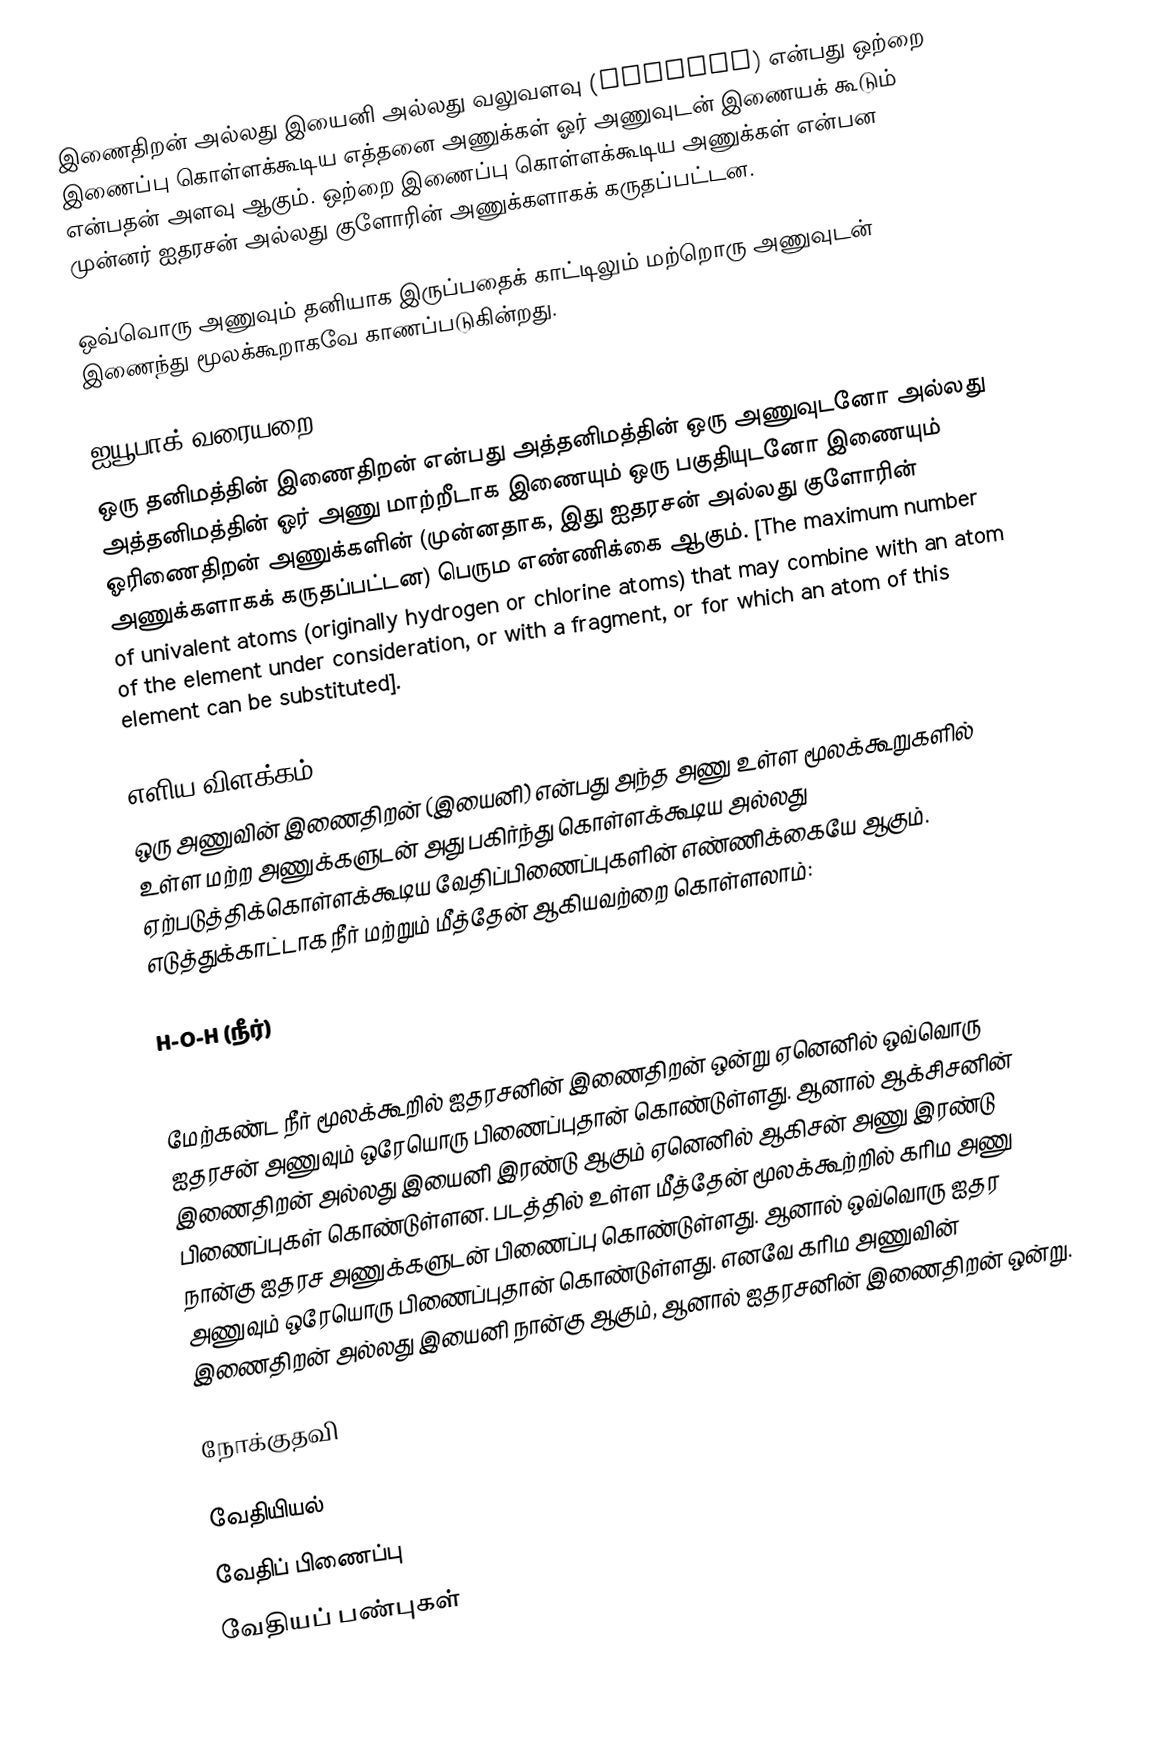
இணைதிறன் அல்லது இயைனி அல்லது வலுவளவு (Valence) என்பது ஒற்றை இணைப்பு கொள்ளக்கூடிய எத்தனை அணுக்கள் ஓர் அணுவுடன் இணையக் கூடும் என்பதன் அளவு ஆகும். ஒற்றை இணைப்பு கொள்ளக்கூடிய அணுக்கள் என்பன முன்னர் ஐதரசன் அல்லது குளோரின் அணுக்களாகக் கருதப்பட்டன.

ஒவ்வொரு அணுவும் தனியாக இருப்பதைக் காட்டிலும் மற்றொரு அணுவுடன் இணைந்து மூலக்கூறாகவே காணப்படுகின்றது.

ஐயூபாக் வரையறை
ஒரு தனிமத்தின் இணைதிறன் என்பது அத்தனிமத்தின் ஒரு அணுவுடனோ அல்லது அத்தனிமத்தின் ஓர் அணு மாற்றீடாக இணையும் ஒரு பகுதியுடனோ இணையும் ஓரிணைதிறன் அணுக்களின் (முன்னதாக, இது ஐதரசன் அல்லது குளோரின் அணுக்களாகக் கருதப்பட்டன) பெரும எண்ணிக்கை ஆகும். [The maximum number of univalent atoms (originally hydrogen or chlorine atoms) that may combine with an atom of the element under consideration, or with a fragment, or for which an atom of this element can be substituted].

எளிய விளக்கம்
ஒரு அணுவின் இணைதிறன் (இயைனி) என்பது அந்த அணு உள்ள மூலக்கூறுகளில் உள்ள மற்ற அணுக்களுடன் அது பகிர்ந்து கொள்ளக்கூடிய அல்லது ஏற்படுத்திக்கொள்ளக்கூடிய வேதிப்பிணைப்புகளின் எண்ணிக்கையே ஆகும். எடுத்துக்காட்டாக நீர் மற்றும் மீத்தேன் ஆகியவற்றை கொள்ளலாம்:

H-O-H (நீர்)

மேற்கண்ட நீர் மூலக்கூறில் ஐதரசனின் இணைதிறன் ஒன்று ஏனெனில் ஒவ்வொரு ஐதரசன் அணுவும் ஒரேயொரு பிணைப்புதான் கொண்டுள்ளது. ஆனால் ஆக்சிசனின் இணைதிறன் அல்லது இயைனி இரண்டு ஆகும் ஏனெனில் ஆகிசன் அணு இரண்டு பிணைப்புகள் கொண்டுள்ளன. படத்தில் உள்ள மீத்தேன் மூலக்கூற்றில் கரிம அணு நான்கு ஐதரச அணுக்களுடன் பிணைப்பு கொண்டுள்ளது. ஆனால் ஒவ்வொரு ஐதர அணுவும் ஒரேயொரு பிணைப்புதான் கொண்டுள்ளது. எனவே கரிம அணுவின் இணைதிறன் அல்லது இயைனி நான்கு ஆகும், ஆனால் ஐதரசனின் இணைதிறன் ஒன்று.

நோக்குதவி

வேதியியல்
வேதிப் பிணைப்பு
வேதியப் பண்புகள்